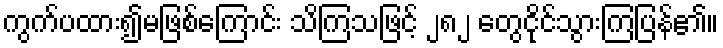
ကွက်ပထား၍မဖြစ်ကြောင်း သိကြသဖြင့် ၂၈၂ တွေငိုင်သွားကြပြန်၏။